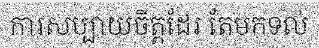
ការសប្បាយចិត្តដែរ តែមកទល់